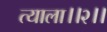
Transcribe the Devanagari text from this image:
त्याला।।२।।